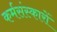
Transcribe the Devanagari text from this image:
कर्मसंस्कारों